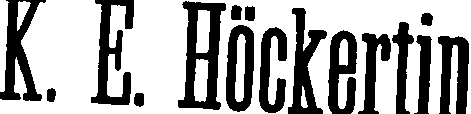
K. E. Höckertin